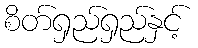
စိတ်ရှည်ရှည်နှင့်